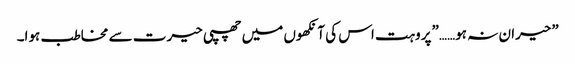
”حیران نہ ہو……”پروہت اس کی آنکھوں میں چھپی حیرت سے مخاطب ہوا۔